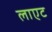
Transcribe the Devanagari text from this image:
लाएट